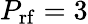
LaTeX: P_{\mathrm{rf}}=3